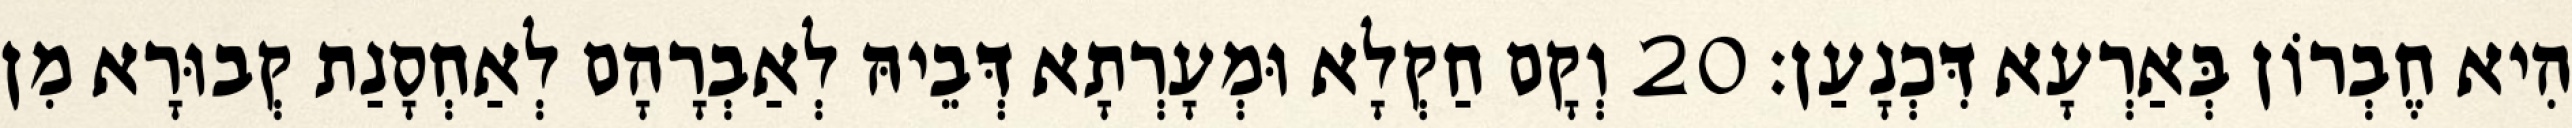
הִיא חֶבְרוֹן בְּאַרְעָא דִּכְנָעַן׃ 20 וְקָם חַקְלָא וּמְעָרְתָא דְּבֵיהּ לְאַבְרָהָם לְאַחְסָנַת קְבוּרָא מִן